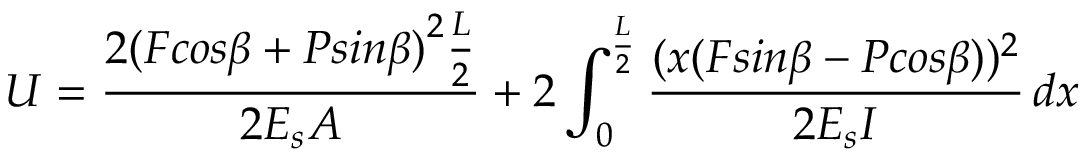
U = \frac { 2 { ( F c o s \beta + P s i n \beta ) } ^ { 2 } \frac { L } { 2 } } { 2 E _ { s } A } + 2 \int _ { 0 } ^ { \frac { L } { 2 } } \frac { ( x { ( F s i n \beta - P c o s \beta ) } ) ^ { 2 } } { 2 E _ { s } I } \, d x